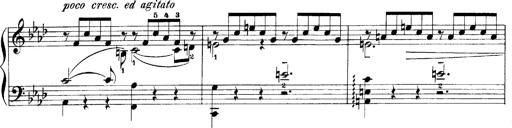
Title: LiebestrÃ¤ume
Composer: Franz Behr
Key: E-flat major